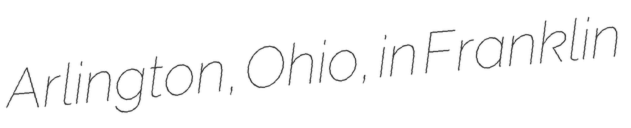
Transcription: Arlington, Ohio, in Franklin